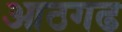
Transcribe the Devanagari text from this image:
आठगढ